Veterinary [1916] -
Year: 1916
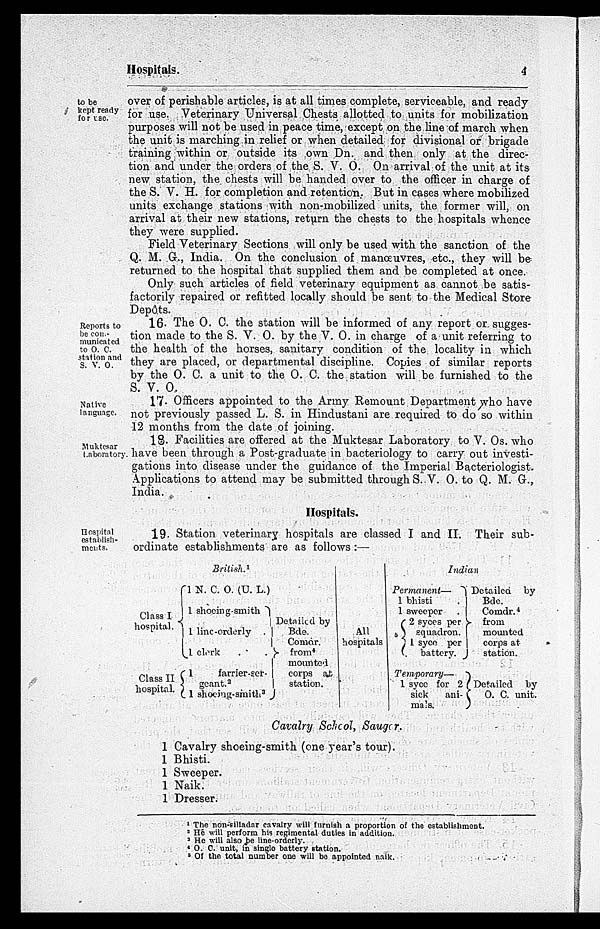
Hospitals.
4
to be
kept ready
forase.
over of perishable articles, is at all times complete, serviceable, and ready
for use. Veterinary Universal Chests allotted to units for mobilization
purposes will not be used in peace time, except on the line of march when
the unit is marching in relief or when detailed for divisional or brigade
training within or outside its own Dn. and then only at the direc-
tion and under the orders of the S. V. O. On arrival of the unit at its
new station, the chests will be handed over to the officer in charge of
the S. V. H. for completion and retention. But in cases where mobilized
units exchange stations with non-mobilized units, the former will, on
arrival at their new stations, return the chests to the hospitals whence
they were supplied.
Field Veterinary Sections will only be used with the sanction of the
Q. M. G., India. On the conclusion of manœuvres, etc., they will be
returned to the hospital that supplied them and be completed at once.
Only such articles of field veterinary equipment as cannot be satis-
factorily repaired or refitted locally should be sent to the Medical Store
Depôts.
Reports to
be con-
municated
to O. C.
station and
S. V. O.
16. The O. C. the station will be informed of any report or sugges-
tion made to the S. V. O. by the V. O. in charge of a unit referring to
the health of the horses, sanitary condition of the locality in which
they are placed, or departmental discipline. Copies of similar reports
by the O. C. a unit to the O. C. the station will be furnished to the
S. V. O.
Native
language.
17. Officers appointed to the Army Remount Department who have
not previously passed L. S. in Hindustani are required to do so within
12 months from the date of joining.
Muktesar
Laboratory.
18. Facilities are offered at the Muktesar Laboratory to V. Os. who
have been through a Post-graduate in bacteriology to carry out investi-
gations into disease under the guidance of the Imperial Bacteriologist.
Applications to attend may be submitted through S. V. O. to Q. M. G.,
India.
Hospitals.
Hospital
establish-
ment.
19. Station veterinary hospitals are classed I and II. Their sub-
ordinate establishments are as follows :—
British. 1
Class I
hospital.
Class II
hospital.
1 N. C. O. (U. L.)
1 shoeing-smith
1 line-orderly
.
1 clerk .
1
farrier-ser-
geant. 2
1 shoeing-smith 3
Detailed by
Bde.
Comdr.
from
mounted
corps
at
station.
All
hospitals
Indian
Permanent—
1 bhisti
.
1 sweeper
.
5
2 syces per
squadron.
1 syce per
battery.
Temporary—
1 syce for 2
sick
ani-
mals.
Detailed
by
Bde.
Comdr. 4
from
mounted
corps at
station.
Detailed
by
O.
C. unit.
Cavalry School, Sauger.
1
1
1
1
1
Cavalry shoeing-smith (one year's tour).
Bhisti.
Sweeper.
Naik.
Dresser.
1 The non-silladar cavalry will furnish a proportion of the establishment.
2 He will perform his regimental duties in addition.
3 He will also be line-orderly.
4 O. C. unit, in single battery station.
5 Of the total number one will be appointed naik.